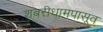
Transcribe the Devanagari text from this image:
शबरीधामपासूव